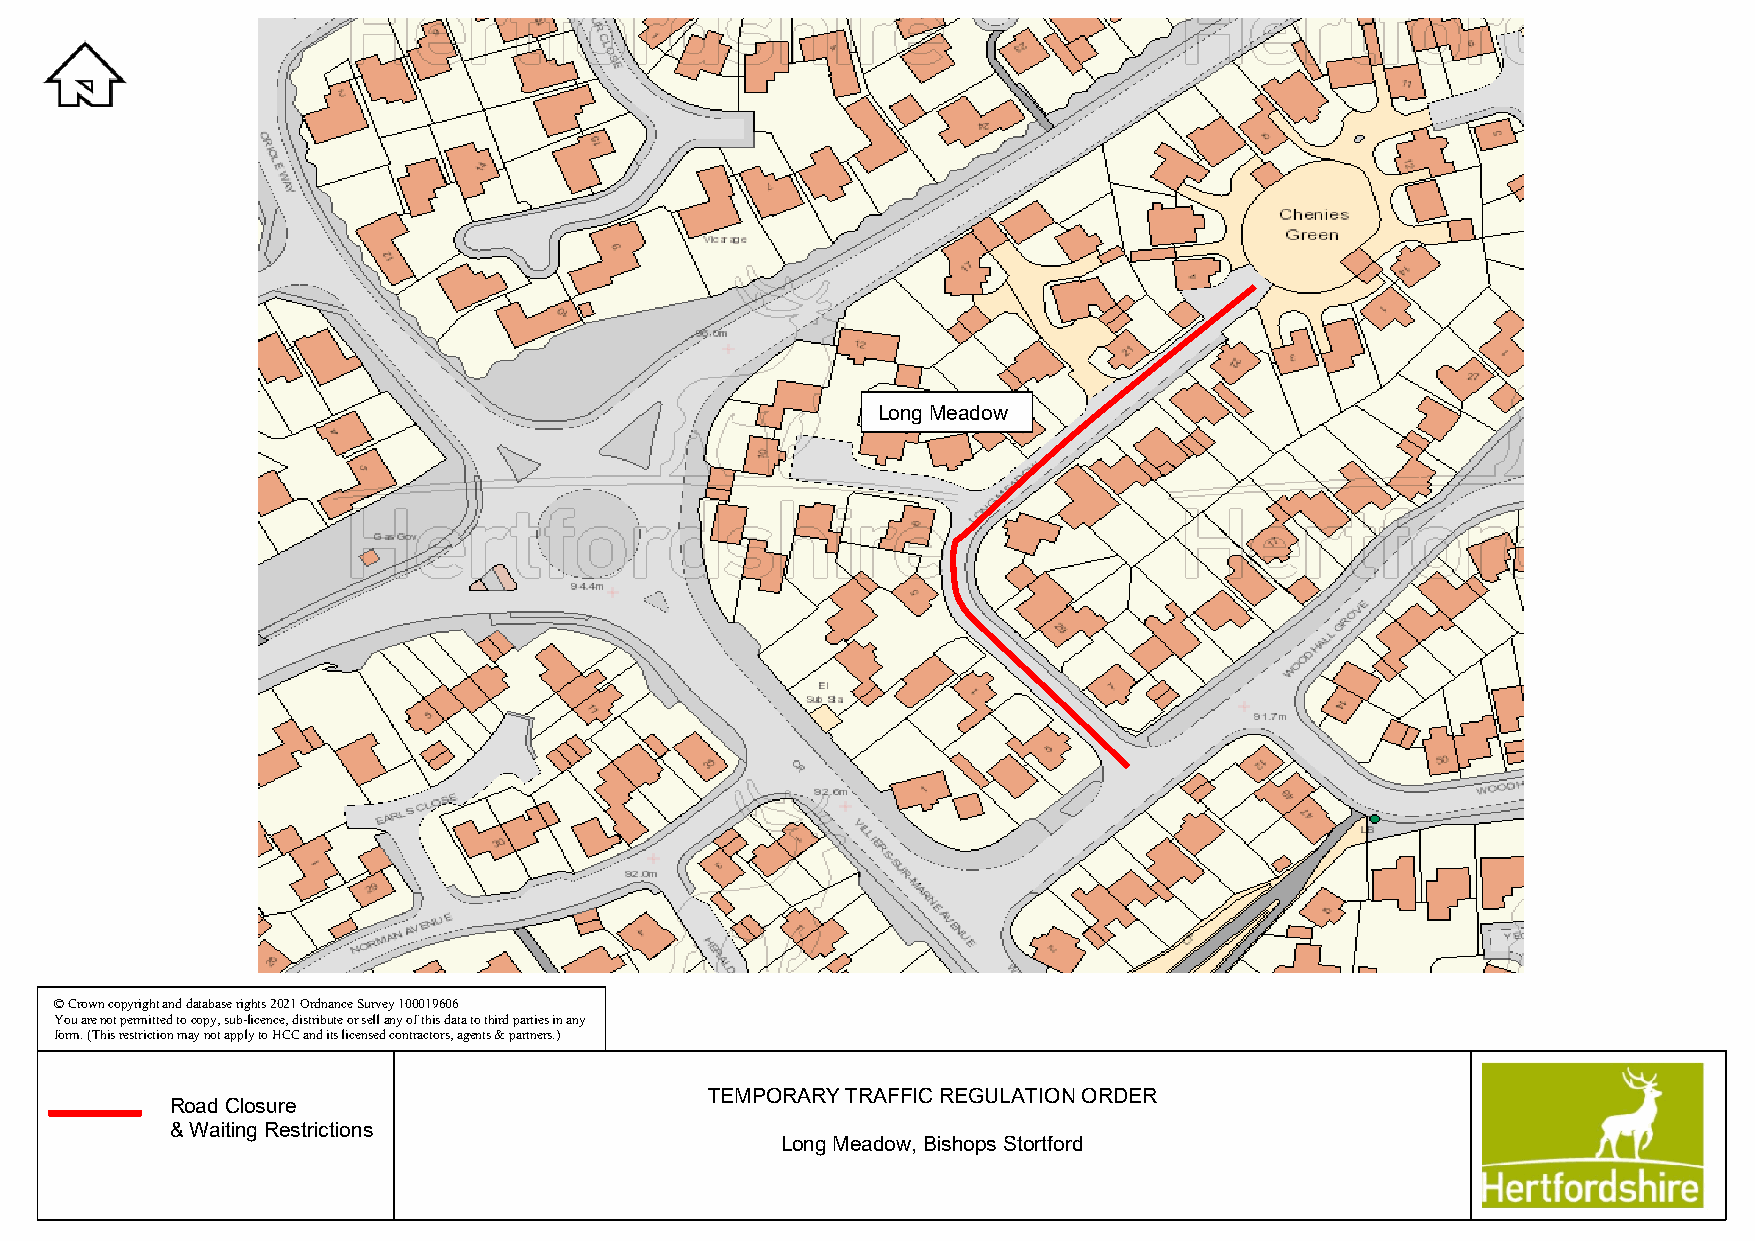
Long Meadow
 © Crown copyright and database rights 2021 Ordnance Survey 100019606
 You are not permitted to copy, sub-licence, distribute or sell any of this data to third parties in any
 form. (This restriction may not apply to HCC and its licensed contractors, agents & partners.)
 TEMPORARY TRAFFIC REGULATION ORDER
 Road Closure
 & Waiting Restrictions
 Long Meadow, Bishops Stortford